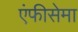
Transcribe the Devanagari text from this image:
एंफीसेमा